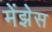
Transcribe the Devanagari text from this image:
मेंझेस